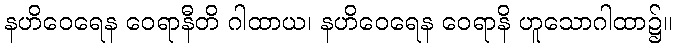
နဟိဝေရေန ဝေရာနီတိ ဂါထာယ၊ နဟိဝေရေန ဝေရာနိ ဟူသောဂါထာ၌။